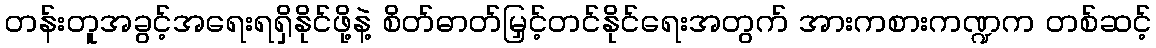
တန်းတူအခွင့်အရေးရရှိနိုင်ဖို့နဲ့ စိတ်ဓာတ်မြှင့်တင်နိုင်ရေးအတွက် အားကစားကဏ္ဍက တစ်ဆင့်